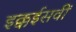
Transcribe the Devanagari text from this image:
इक्कईसवीं